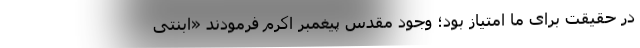
در حقیقت برای ما امتیاز بود؛ وجود مقدس پیغمبر اکرم فرمودند «ابنتی